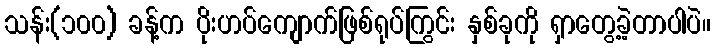
သန်း(၁၀၀) ခန့်က ပိုးဟပ်ကျောက်ဖြစ်ရုပ်ကြွင်း နှစ်ခုကို ရှာတွေ့ခဲ့တာပါပဲ။